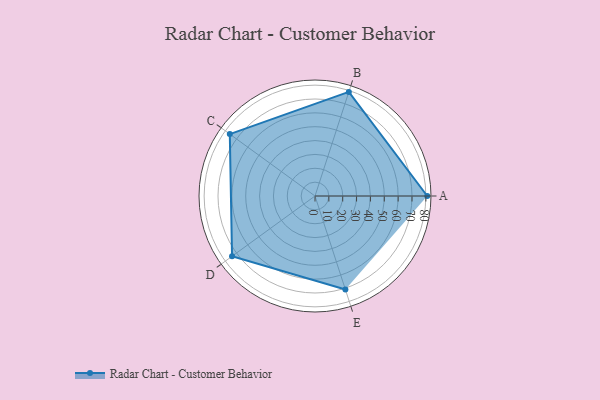
{"axis": {"x": "Skill", "y": "Score"}, "legend": ["Profile"], "data": [{"x": "A", "y": 81.0, "type": "Profile"}, {"x": "B", "y": 79.0, "type": "Profile"}, {"x": "C", "y": 76.0, "type": "Profile"}, {"x": "D", "y": 74.0, "type": "Profile"}, {"x": "E", "y": 71.0, "type": "Profile"}]}